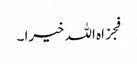
فجزاہ اللہ خیرا ۔